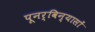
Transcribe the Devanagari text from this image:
पूनर्विन्यासों